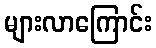
များလာကြောင်း